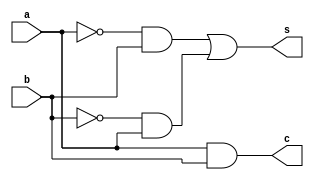
module halfadd (a, b, s, c);
  input a, b;
  output s, c;
  assign s = ~a&b || ~b&a;
  assign c = a&b;
endmodule